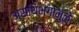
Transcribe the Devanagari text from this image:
अस्थिभंगामुळे